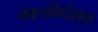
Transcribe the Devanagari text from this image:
कालनिर्देशक